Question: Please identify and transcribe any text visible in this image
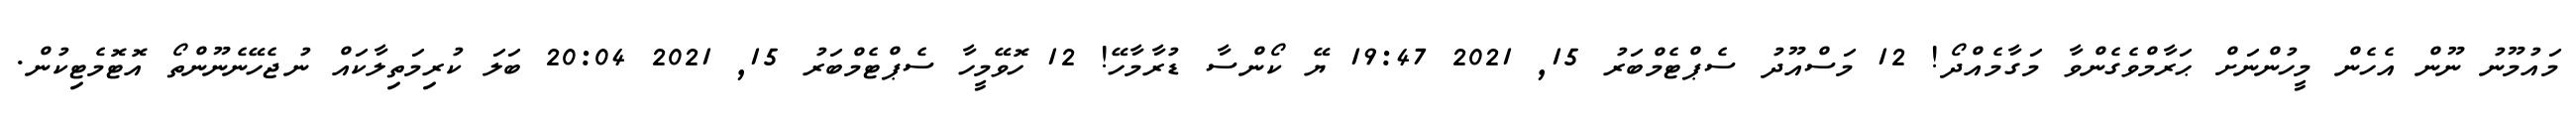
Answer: މައުމޫނު ނޫން އެހެން މީހުންނަށް ޙަރާމްވެގެންވާ މަގާމެއްދޯ! 12 މަސްއޫދު ސެޕްޓެމްބަރު 15, 2021 19:47 ޔޭ ކޯންސާ ޑުރާމާހޭ! 12 ހޮވޭމީހާ ސެޕްޓެމްބަރު 15, 2021 20:04 ބަލަ ކުރިމަތިލާކައް ނުޖެހޭނެނޫންތޯ އޮޓޮމެޓިކުން.